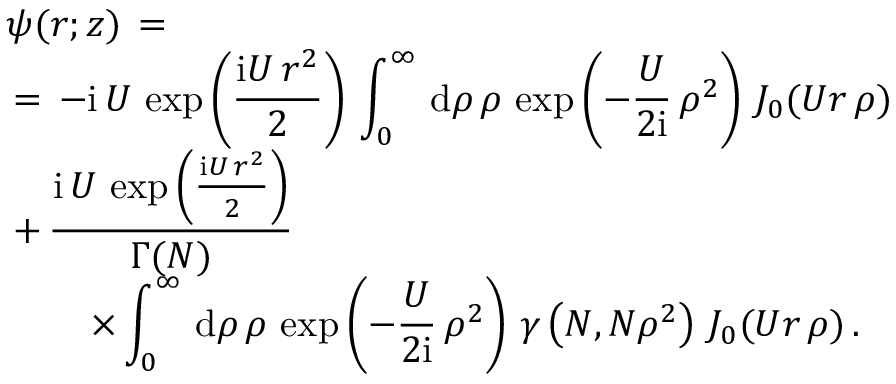
\begin{array} { l } { \displaystyle \psi ( \boldsymbol { r } ; z ) \, = \, } \\ { \displaystyle \, = \, - { \mathrm { i } \, U \, \exp \left( \frac { \mathrm { i } U \, r ^ { 2 } } 2 \right) } \, \int _ { 0 } ^ { \infty } \, \mathrm { d } \rho \, \rho \, \exp \left( - \frac U { 2 \mathrm { i } } \, \rho ^ { 2 } \right) \, J _ { 0 } ( U r \, \rho ) \, } \\ { \displaystyle \, + \, \frac { \mathrm { i } \, U \, \exp \left( \frac { \mathrm { i } U \, r ^ { 2 } } 2 \right) } { \Gamma ( N ) } \, } \\ { \displaystyle \qquad \, \times \int _ { 0 } ^ { \infty } \, \mathrm { d } \rho \, \rho \, \exp \left( - \frac U { 2 \mathrm { i } } \, \rho ^ { 2 } \right) \, \gamma \left( N , N \rho ^ { 2 } \right) \, J _ { 0 } ( U r \, \rho ) \, . } \end{array}